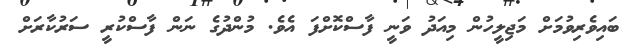
ބައިވެރިވުމަށް މަޖިލީހުން މިއަދު ވަނީ ފާސްކޮށްފަ އެވެ. މުންދުގެ ނަން ފާސްކުރީ ސަރުކާރަށް